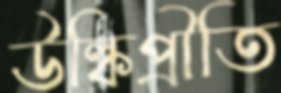
উল্কিপ্রীতি